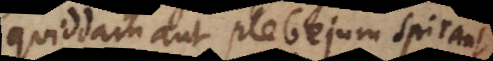
quiddam aut plebejum spirant,